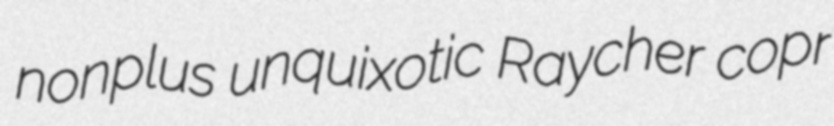
nonplus unquixotic Raycher copr